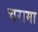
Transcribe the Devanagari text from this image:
चरामा